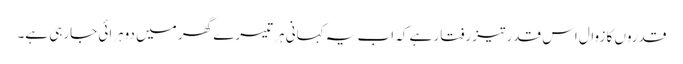
قدروں کا زوال اس قدر تیز رفتار ہے کہ اب یہ کہانی ہر تیسرے گھر میں دوہرائی جارہی ہے۔